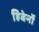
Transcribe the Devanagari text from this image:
हिबेर्नो